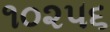
૧૦૨૫૬